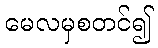
မေလမှစတင်၍